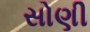
સોણી